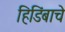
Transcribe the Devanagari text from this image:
हिडिंबाचे